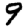
Digit: 9